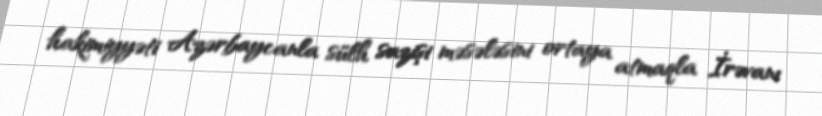
hakimiyyəti Azərbaycanla sülh sazişi məsələsini ortaya atmaqla İrəvanı